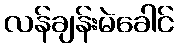
လန်ချန်းမဲခေါင်